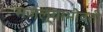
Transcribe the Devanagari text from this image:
मजल्याभोवती